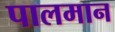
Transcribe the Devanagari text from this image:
पालमान